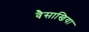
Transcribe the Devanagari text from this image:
वैसाखिया